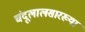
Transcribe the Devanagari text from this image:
चंदूलालसारख्या